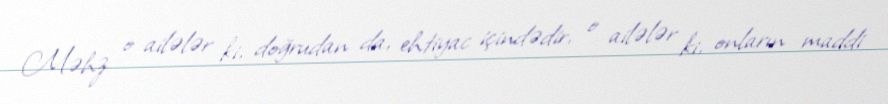
Məhz o ailələr ki, doğrudan da, ehtiyac içindədir, o ailələr ki, onların maddi